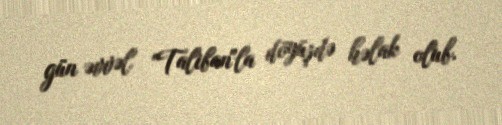
gün əvvəl "Taliban"la döyüşdə həlak olub.